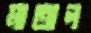
মাতাল